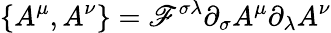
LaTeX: \{ A^{\mu},A^{\nu}\} =\mathscr{F}^{\sigma\lambda}\partial_{\sigma}A^{\mu}\partial_{\lambda}A^{\nu}